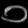
Digit: ၁